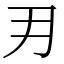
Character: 𭃂